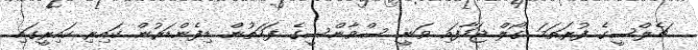
ޗެލްސީގެ ފުރަތަމަ ގޯލް ޖަހާފައި ވަނީ ސްވާންސީގެ ފަހަތުން ޑިފެންޑަރުން ކައިރި ކައިރީގައި